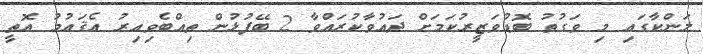
ލަންކާގައި މި ވަގުތު ބޮޑުވަޒީރުކަމަށް ދައުވާކުރައްވާ 2 ބޭފުޅުން ތިއްބެވިއިރު އެޤައުމު އޮތީ